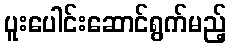
ပူးပေါင်းဆောင်ရွက်မည့်